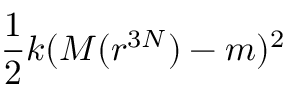
\frac { 1 } { 2 } k ( M ( r ^ { 3 N } ) - m ) ^ { 2 }